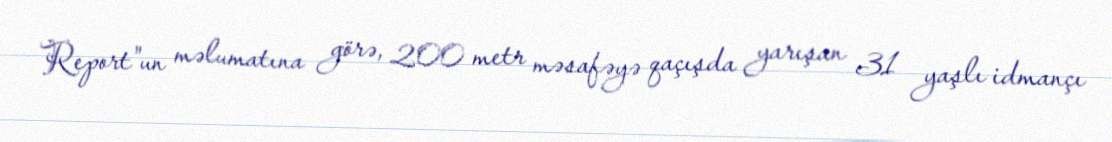
Report"un məlumatına görə, 200 metr məsafəyə qaçışda yarışan 31 yaşlı idmançı